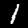
Digit: 1